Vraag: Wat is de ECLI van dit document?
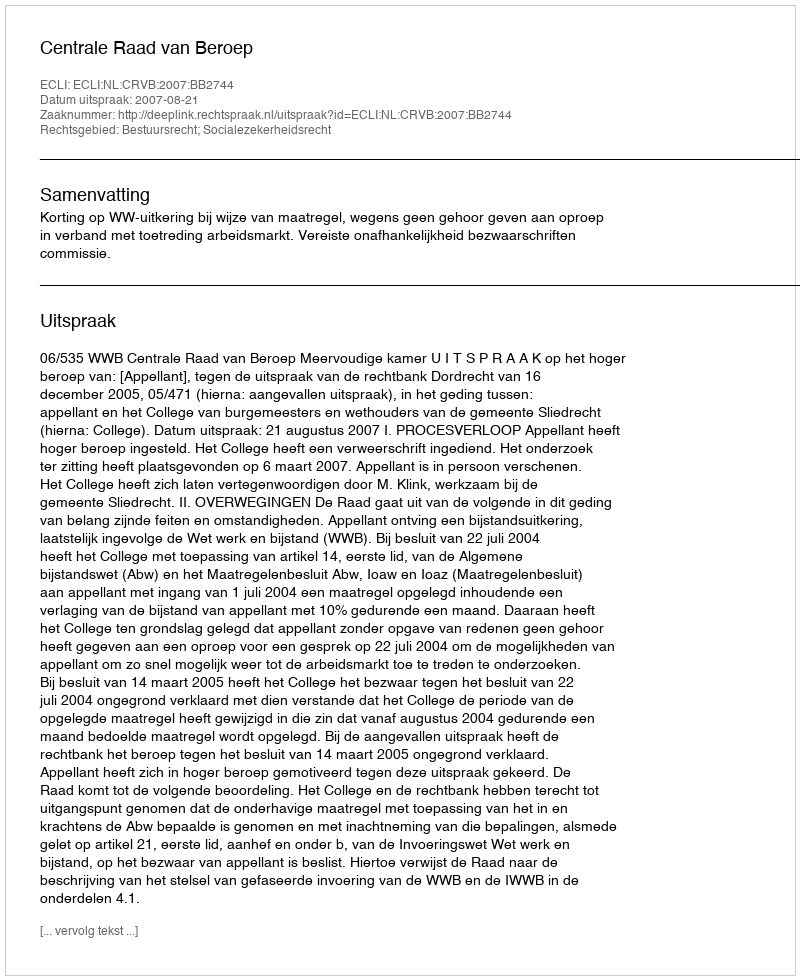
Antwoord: ECLI:NL:CRVB:2007:BB2744